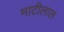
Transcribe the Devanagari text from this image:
माटीलाल